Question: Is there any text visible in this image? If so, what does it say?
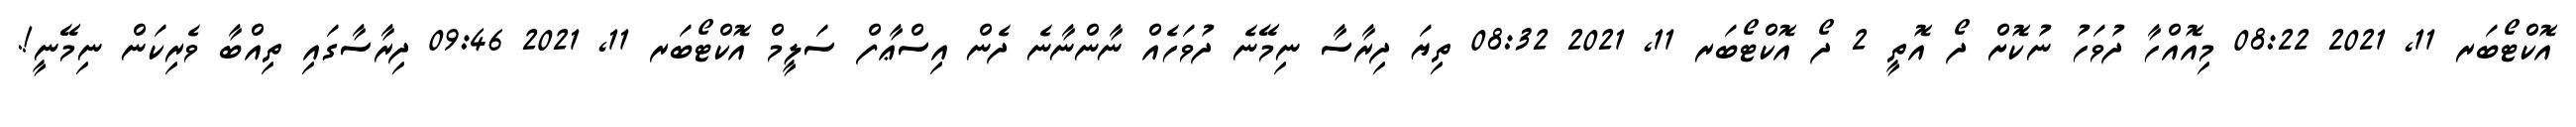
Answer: އޮކްޓޯބަރ 11, 2021 08:22 މިއޮއްހާ ދުވަހު ނުކޮށް ދޯ އޮތީ 2 ދޯ އޮކްޓޯބަރ 11, 2021 08:32 ތިޔަ ދިރާސާ ނިމޭނެ ދުވަހެއް ނާންނާނެ ދެން އިސްޢާފް ސަލީމް އޮކްޓޯބަރ 11, 2021 09:46 ދިރާސާގައި ތިއްބާ ވެރިކަން ނިމޭނީ!.